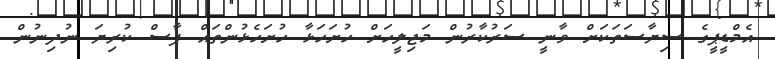
އެމްޑީޕީގެ ސިޔާސަތަކަށް ވާނީ ސަރުކާރުން މަޖިލީހަށް ހުށަހަޅާ ހުށަހެޅުންތައް ފާސް ކުރިޔަ ނުދިނުން